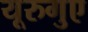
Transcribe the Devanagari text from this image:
यूरुगुए